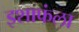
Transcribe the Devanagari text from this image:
इशाफंला